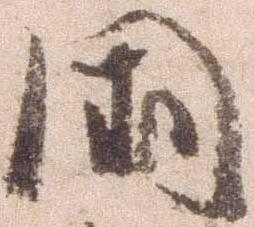
国